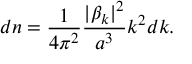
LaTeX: d n = \frac { 1 } { 4 \pi ^ { 2 } } \frac { | \beta _ { k } | ^ { 2 } } { a ^ { 3 } } k ^ { 2 } d k .